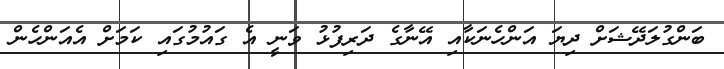
ބަންގުލަދޭޝަށް ދިޔަ އަންހެނަކާއި އޭނާގެ ދަރިފުޅު ވަނީ އެ ގައުމުގައި ކަމަށް އެއަންހެން